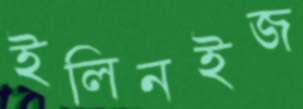
ইলিনইজ